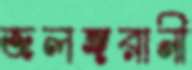
জলঙ্গরানী